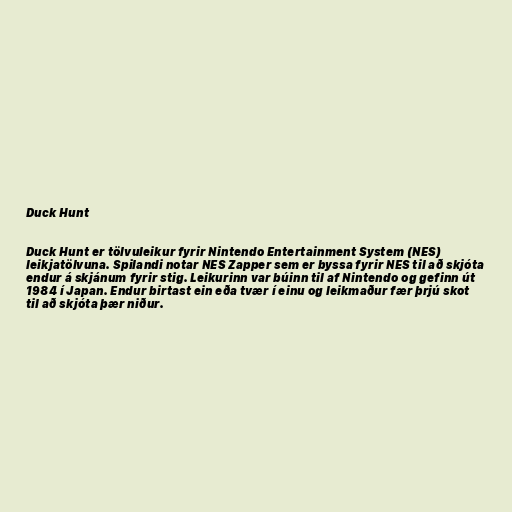
Duck Hunt

Duck Hunt er tölvuleikur fyrir Nintendo Entertainment System (NES)
leikjatölvuna. Spilandi notar NES Zapper sem er byssa fyrir NES til að skjóta
endur á skjánum fyrir stig. Leikurinn var búinn til af Nintendo og gefinn út
1984 í Japan. Endur birtast ein eða tvær í einu og leikmaður fær þrjú skot
til að skjóta þær niður.